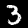
Label: 3